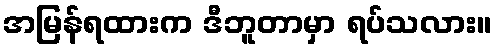
အမြန်ရထားက ဒီဘူတာမှာ ရပ်သလား။